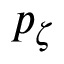
p _ { \zeta }